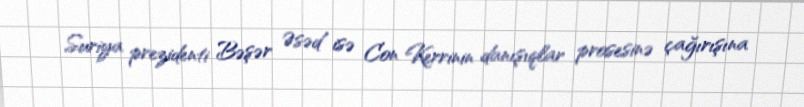
Suriya prezidenti Bəşər Əsəd isə Con Kerrinin danışıqlar prosesinə çağırışına